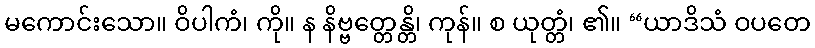
မကောင်းသော။ ဝိပါကံ၊ ကို။ န နိဗ္ဗတ္တေန္တိ၊ ကုန်။ စ ယုတ္တံ၊ ၏။ “ယာဒိသံ ဝပတေ